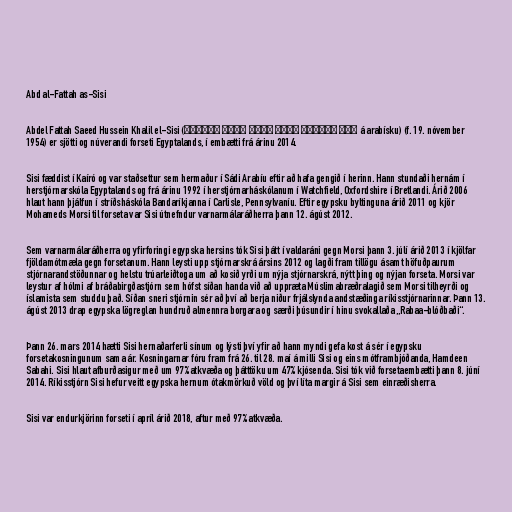
Abd al-Fattah as-Sisi

Abdel Fattah Saeed Hussein Khalil el-Sisi (عبد الفتاح سعيد حسين خليل السيسي á arabísku) (f. 19. nóvember
1954) er sjötti og núverandi forseti Egyptalands, í embætti frá árinu 2014.

Sisi fæddist í Kaíró og var staðsettur sem hermaður í Sádi Arabíu eftir að hafa gengið í herinn. Hann stundaði hernám í
herstjórnarskóla Egyptalands og frá árinu 1992 í herstjórnarháskólanum í Watchfield, Oxfordshire í Bretlandi. Árið 2006
hlaut hann þjálfun í stríðsháskóla Bandaríkjanna í Carlisle, Pennsylvaníu. Eftir egypsku byltinguna árið 2011 og kjör
Mohameds Morsi til forseta var Sisi útnefndur varnarmálaráðherra þann 12. ágúst 2012.

Sem varnarmálaráðherra og yfirforingi egypska hersins tók Sisi þátt í valdaráni gegn Morsi þann 3. júlí árið 2013 í kjölfar
fjöldamótmæla gegn forsetanum. Hann leysti upp stjórnarskrá ársins 2012 og lagði fram tillögu ásamt höfuðpaurum
stjórnarandstöðunnar og helstu trúarleiðtoga um að kosið yrði um nýja stjórnarskrá, nýtt þing og nýjan forseta. Morsi var
leystur af hólmi af bráðabirgðastjórn sem hófst síðan handa við að uppræta Múslimabræðralagið sem Morsi tilheyrði og
íslamista sem studdu það. Síðan sneri stjórnin sér að því að berja niður frjálslynda andstæðinga ríkisstjórnarinnar. Þann 13.
ágúst 2013 drap egypska lögreglan hundruð almennra borgara og særði þúsundir í hinu svokallaða „Rabaa-blóðbaði“.

Þann 26. mars 2014 hætti Sisi hernaðarferli sínum og lýsti því yfir að hann myndi gefa kost á sér í egypsku
forsetakosningunum sama ár. Kosningarnar fóru fram frá 26. til 28. maí á milli Sisi og eins mótframbjóðanda, Hamdeen
Sabahi. Sisi hlaut afburðasigur með um 97% atkvæða og þátttöku um 47% kjósenda. Sisi tók við forsetaembætti þann 8. júní
2014. Ríkisstjórn Sisi hefur veitt egypska hernum ótakmörkuð völd og því líta margir á Sisi sem einræðisherra.

Sisi var endurkjörinn forseti í apríl árið 2018, aftur með 97% atkvæða.